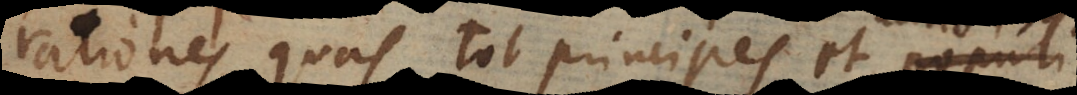
rationes quas tot principes et populi